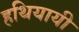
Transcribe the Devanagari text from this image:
हथियायी